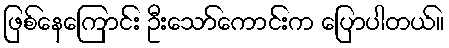
ဖြစ်နေကြောင်း ဦးသော်ကောင်းက ပြောပါတယ်။